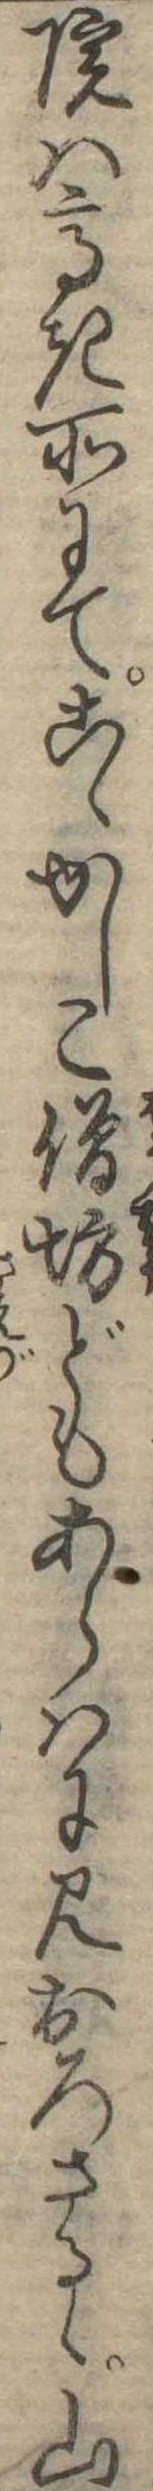
院は高き所にてこゝかしこ僧坊どもあらはに見おろさるゝ山